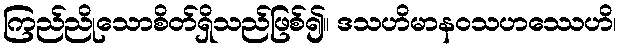
ကြည်ညိုသောစိတ်ရှိသည်ဖြစ်၍။ ဒသဟိမာနဝသဟဿေဟိ၊